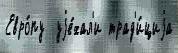
Евро́пу  уjе́хал'и трад'и́циjа